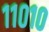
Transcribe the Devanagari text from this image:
११०१०